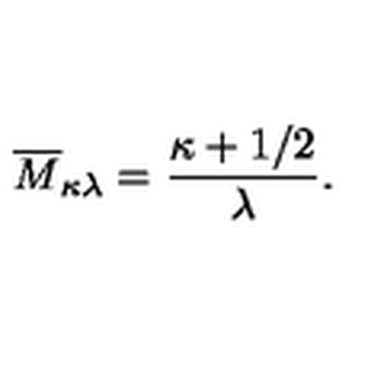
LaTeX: \overline { { M } } _ { \kappa \lambda } = \frac { \kappa + 1 / 2 } { \lambda } .